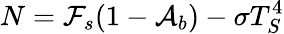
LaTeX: N=\mathcal{F}_{s}(1-\mathcal{A}_{b})-\sigma T_{S}^{4}